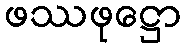
ဖဿဖုဋ္ဌော